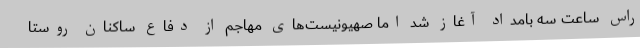
راس ساعت سه بامداد آغاز شد اما صهیونیست‌های مهاجم از دفاع ساکنان روستا